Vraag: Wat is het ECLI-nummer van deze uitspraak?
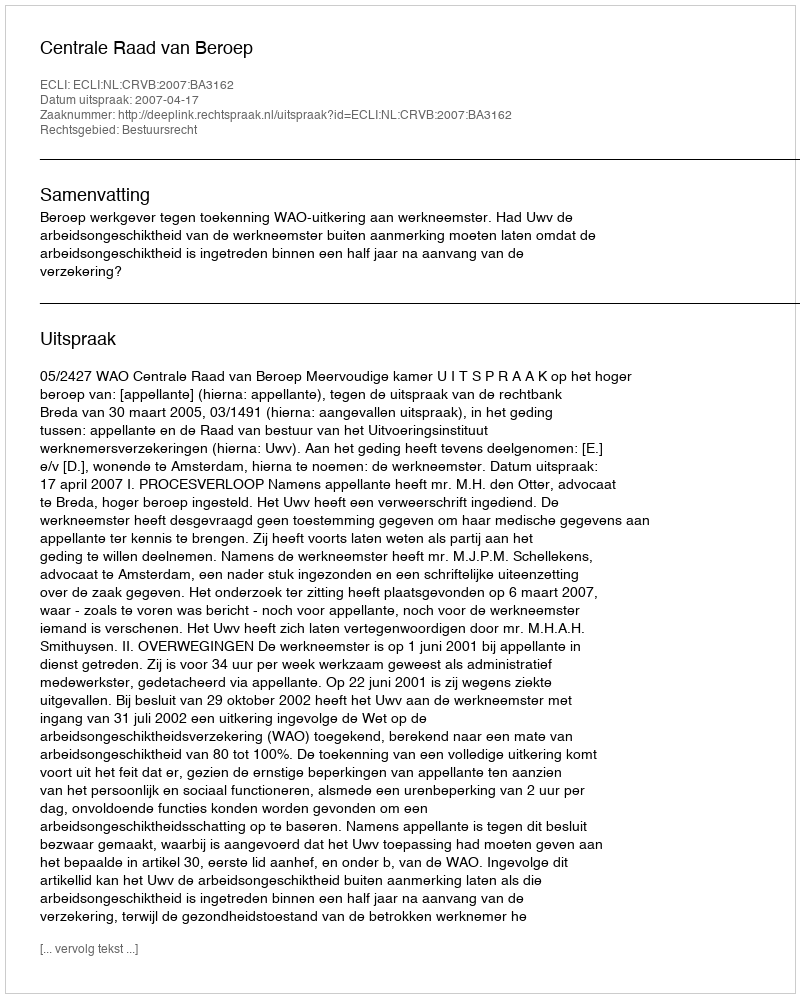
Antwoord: ECLI:NL:CRVB:2007:BA3162